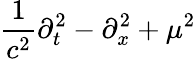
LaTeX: {\frac{1}{c^{2}}}\partial_{t}^{2}-\partial_{x}^{2}+\mu^{2}